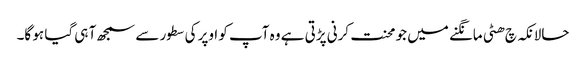
حالانکہ چ ھٹی مانگنے میں جو محنت کرنی پڑتی ہے وہ آپ کو اوپر کی سطور سے سمجھ آ ہی گیا ہو گا۔